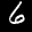
Label: 6